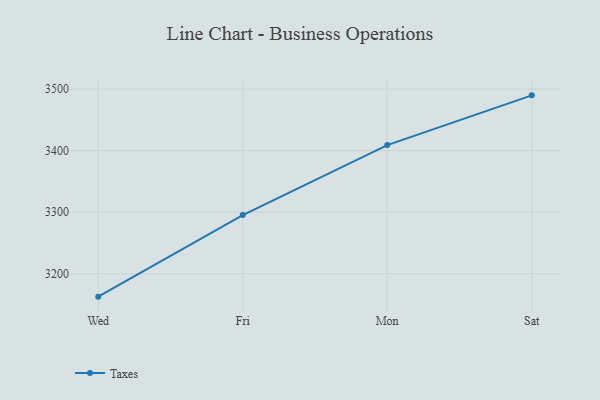
{"axis": {"x": "Day", "y": "Production Output"}, "legend": ["Taxes"], "data": [{"x": "Wed", "y": 3162.7, "type": "Taxes"}, {"x": "Fri", "y": 3295.2, "type": "Taxes"}, {"x": "Mon", "y": 3408.9, "type": "Taxes"}, {"x": "Sat", "y": 3489.7, "type": "Taxes"}]}